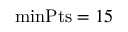
\mathrm { m i n P t s } = 1 5